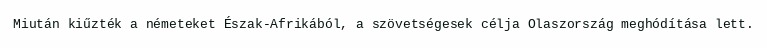
Miután kiűzték a németeket Észak-Afrikából, a szövetségesek célja Olaszország meghódítása lett.